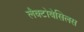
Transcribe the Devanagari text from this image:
लैक्टोबेसिलस